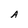
Character: A